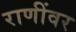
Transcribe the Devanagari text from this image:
राणींवर